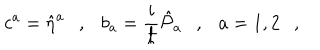
LaTeX: c ^ { a } = \hat { \eta } ^ { a } \ \ \ , \ \ \ b _ { a } = \frac { i } { \hbar } \hat { { \cal P } } _ { a } \ \ \ , \ \ \ a = 1 , 2 \ \ \ ,